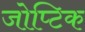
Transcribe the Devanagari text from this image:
जोप्टिक